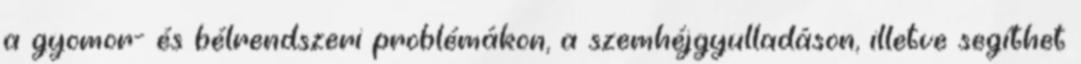
a gyomor- és bélrendszeri problémákon, a szemhéjgyulladáson, illetve segíthet